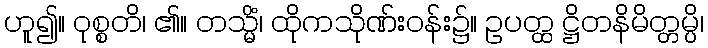
ဟူ၍။ ဝုစ္စတိ၊ ၏။ တသ္မိံ၊ ထိုကသိုဏ်းဝန်း၌။ ဥပတ္ထ ဋ္ဌိတနိမိတ္တမ္ပိ၊